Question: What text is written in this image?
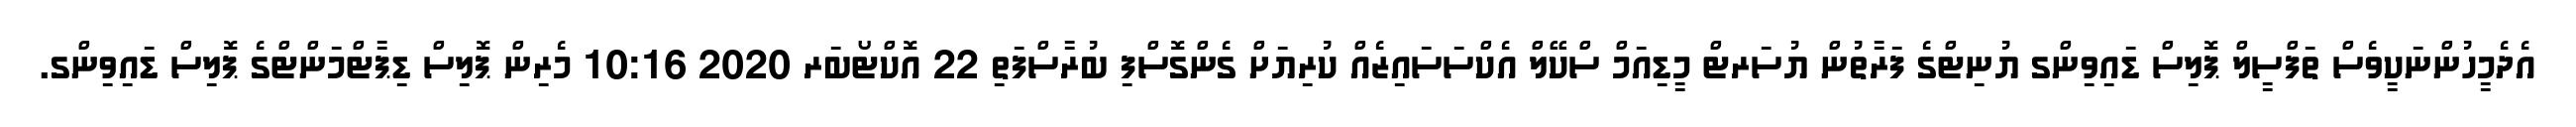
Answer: އެދެމީހުންނަކީވެސް ތަފްސީލް ޕޮލިސް ޑައިވިންގ ޔުނިޓްގެ ފަރާތުން ޔުސަރޓް މީޑިއަމް ސްކޭލް އެކްސަސައިޒެއް ކުރިޔަށް ގެންގޮސްފި ބުރާސްފަތި 22 އޮކްޓޯބަރ 2020 10:16 މެރިން ޕޮލިސް ޑިޕާޓްމަންޓްގެ ޕޮލިސް ޑައިވިންގ.